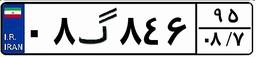
۰۸گ۸۴۶۹۵